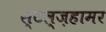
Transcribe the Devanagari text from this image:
स्टल्ज़हामर